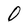
Character: O